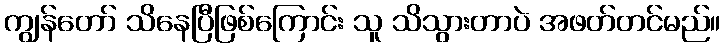
ကျွန်တော် သိနေပြီဖြစ်ကြောင်း သူ သိသွားတာပဲ အဖတ်တင်မည်။